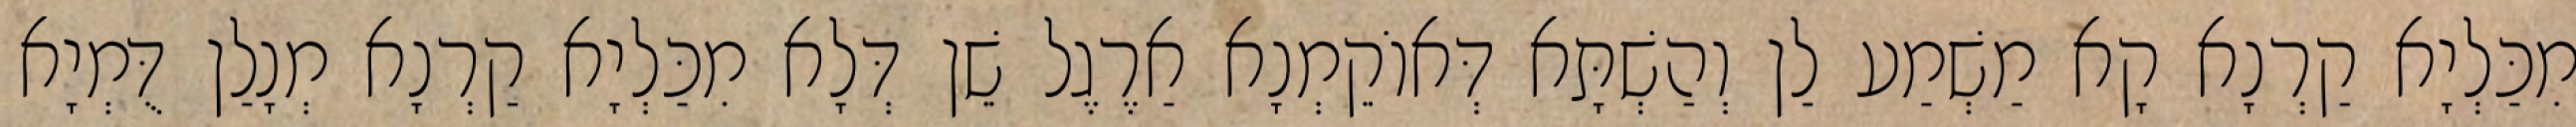
מִכַּלְיָא קַרְנָא קָא מַשְׁמַע לַן וְהַשְׁתָּא דְּאוֹקֵמְנָא אַרֶגֶל שֵׁן דְּלָא מִכַּלְיָא קַרְנָא מְנָלַן דֻּמְיָא